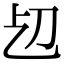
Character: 𠚱